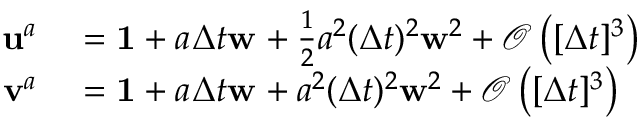
\begin{array} { r l } { \mathbf { u } _ { } ^ { a _ { } } } & { { } = \mathbf { 1 } + a _ { } \Delta t { } \mathbf { w } _ { } + \frac { 1 } { 2 } a _ { } ^ { 2 } ( \Delta t { } ) ^ { 2 } \mathbf { w } _ { } ^ { 2 } + \mathcal { O } \left( [ \Delta t { } ] ^ { 3 } \right) } \\ { \mathbf { v } _ { } ^ { a _ { } } } & { { } = \mathbf { 1 } + a _ { } \Delta t { } \mathbf { w } _ { } + a _ { } ^ { 2 } ( \Delta t { } ) ^ { 2 } \mathbf { w } _ { } ^ { 2 } + \mathcal { O } \left( [ \Delta t { } ] ^ { 3 } \right) } \end{array}